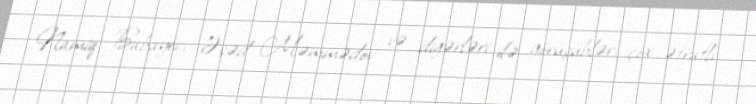
Namiq Babayev, Əsəd Məmmədov və digərləri ilə görüşüblər, çox ətraflı